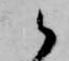
候